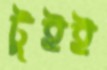
টুইই